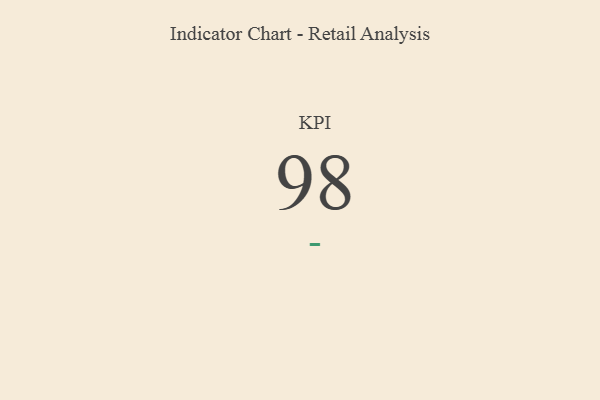
{"axis": {"x": "KPI", "y": "Value"}, "legend": [""], "data": [{"x": "KPI", "y": 98, "type": ""}]}